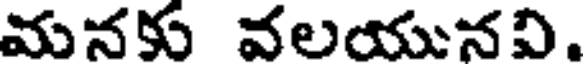
మనకు వలయునవి.